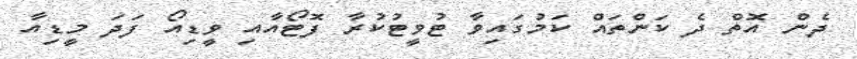
ދެން އޮތް ދެ ކަންތައް ކަމުގައިވާ ޓުވީޓުކުރާ ފޮޓޯއާއި ވީޑިއޯ ފަދަ މީޑިއާ